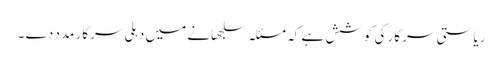
ریاستی سرکار کی کوشش ہے کہ مسئلہ سلجھانے میں دہلی سرکار مدد دے ۔